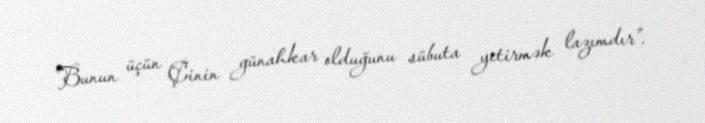
Bunun üçün Çinin günahkar olduğunu sübuta yetirmək lazımdır”.